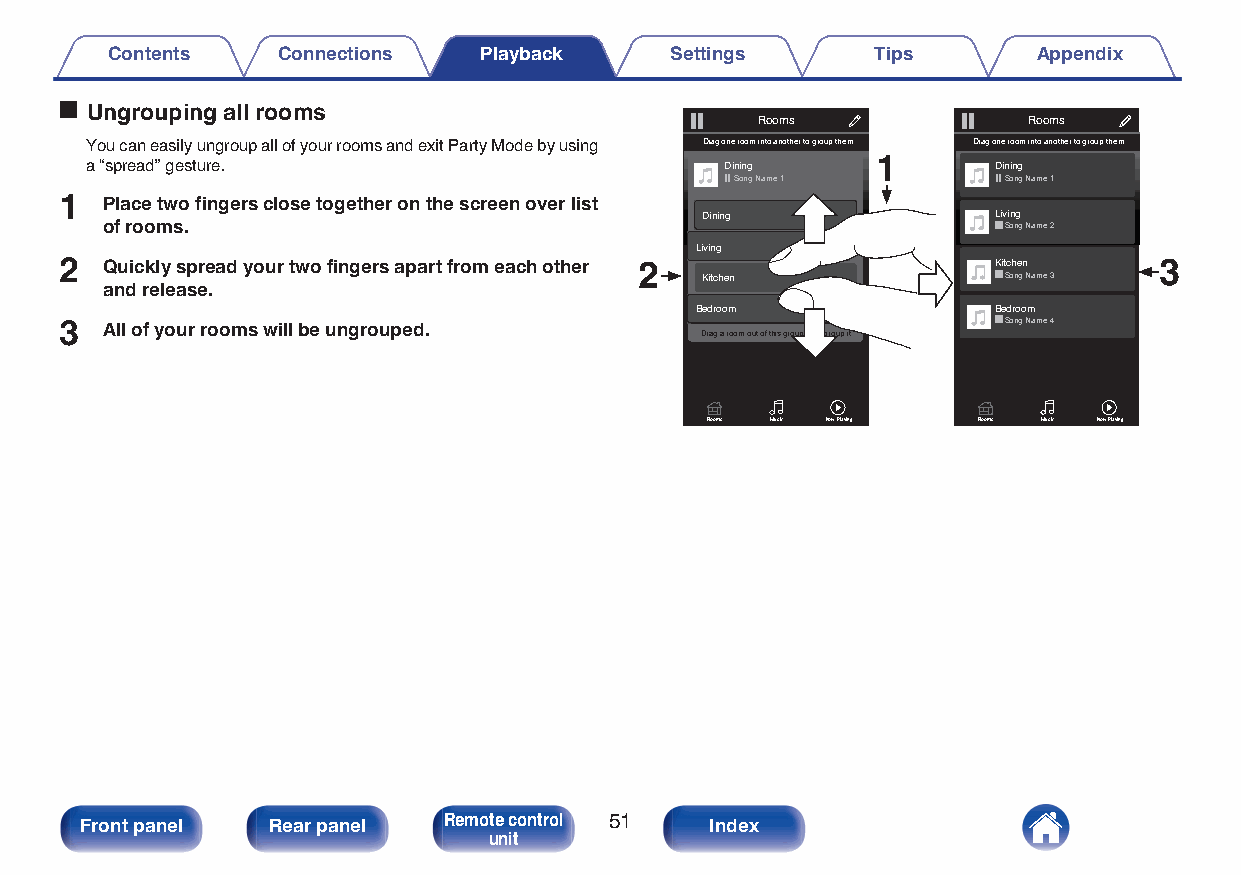
Contents   Connections   Playback    Settings      Tips       Appendix
 o Ungrouping all rooms
 Rooms             Rooms
 You can easily ungroup all of your rooms and exit Party Mode by using Drag one room into another to group them 1 Drag one room into another to group them
 a “spread” gesture.                       Dining            Dining
 Song Name 1      Song Name 1
 1  Place two fingers close together on the screen over list
 Dining              Living
 of rooms.                                                  Song Name 2
 Living
 2  Quickly spread your two fingers apart from each other 2    Kitchen    3
 Kitchen             Song Name 3
 and release.
 Bedroom             Bedroom
 3  All of your rooms will be ungrouped.   Drag a room out of this group to ungroup it Song Name 4
 Rooms Music Now Playing Rooms Music Now Playing
 Front panel  Rear panel Remote control 51 Index
 unit